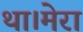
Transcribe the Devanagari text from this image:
था।मेरा